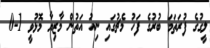
ލީގުގެ ފުރަތަމަ ބުރުގެ ފަހު މެޗުގައި ނިއު އަތުން މާޒިޔާ މޮޅުވީ 1-0